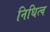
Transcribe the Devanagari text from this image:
निधित्व